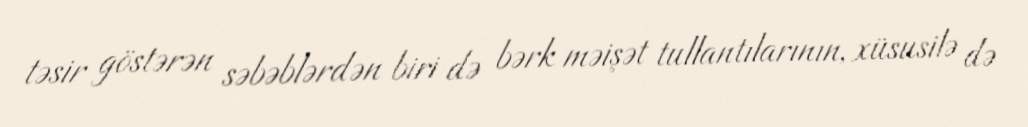
təsir göstərən səbəblərdən biri də bərk məişət tullantılarının, xüsusilə də